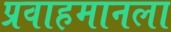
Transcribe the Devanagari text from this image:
प्रवाहमानला